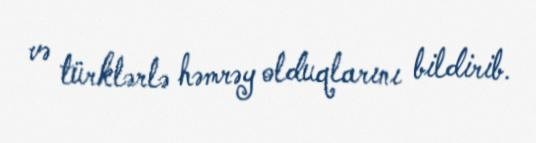
və türklərlə həmrəy olduqlarını bildirib.